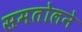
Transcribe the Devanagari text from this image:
समतोलने